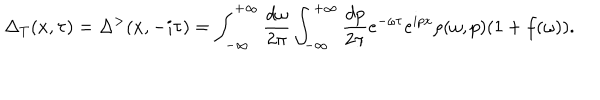
\Delta _ { T } ( x , \tau ) = \Delta ^ { > } ( x , - i \tau ) = \int _ { - \infty } ^ { + \infty } \frac { d \omega } { 2 \pi } \int _ { - \infty } ^ { + \infty } \frac { d p } { 2 \pi } e ^ { - \omega \tau } e ^ { i p x } \rho ( \omega , p ) ( 1 + f ( \omega ) ) .